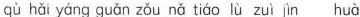
qù hǎi yáng guǎn zǒu nǎ tiáo lù zuì jìn huà